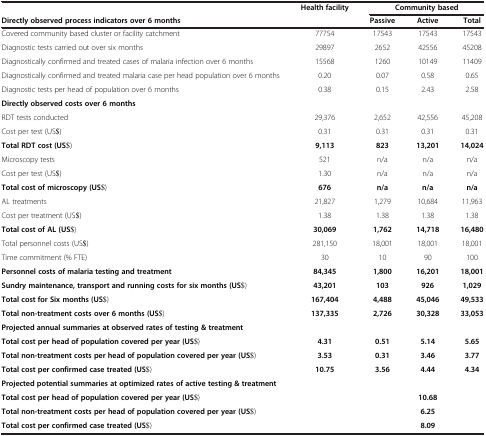
<table><thead><tr><td><b> </b></td><td><b>Health facility</b></td><td colspan="3"><b>Community based</b></td></tr><tr><td><b>Directly observed process indicators over 6 months</b></td><td><b> </b></td><td><b>Passive</b></td><td><b>Active</b></td><td><b>Total</b></td></tr></thead><tbody><tr><td>Covered community based cluster or facility catchment</td><td>77754</td><td>17543</td><td>17543</td><td>17543</td></tr><tr><td>Diagnostic tests carried out over six months</td><td>29897</td><td>2652</td><td>42556</td><td>45208</td></tr><tr><td>Diagnostically confirmed and treated cases of malaria infection over 6 months</td><td>15568</td><td>1260</td><td>10149</td><td>11409</td></tr><tr><td>Diagnostically confirmed and treated malaria case per head population over 6 months</td><td>0.20</td><td>0.07</td><td>0.58</td><td>0.65</td></tr><tr><td>Diagnostic tests per head of population over 6 months</td><td>0.38</td><td>0.15</td><td>2.43</td><td>2.58</td></tr><tr><td><b>Directly observed costs over 6 months</b></td><td> </td><td> </td><td> </td><td> </td></tr><tr><td>RDT tests conducted</td><td>29,376</td><td>2,652</td><td>42,556</td><td>45,208</td></tr><tr><td>Cost per test (US$)</td><td>0.31</td><td>0.31</td><td>0.31</td><td>0.31</td></tr><tr><td><b>Total RDT cost (US$)</b></td><td><b>9,113</b></td><td><b>823</b></td><td><b>13,201</b></td><td><b>14,024</b></td></tr><tr><td>Microscopy tests</td><td>521</td><td>n/a</td><td>n/a</td><td>n/a</td></tr><tr><td>Cost per test (US$)</td><td>1.30</td><td>n/a</td><td>n/a</td><td>n/a</td></tr><tr><td><b>Total cost of microscopy (US$)</b></td><td><b>676</b></td><td><b>n/a</b></td><td><b>n/a</b></td><td><b>n/a</b></td></tr><tr><td>AL treatments</td><td>21,827</td><td>1,279</td><td>10,684</td><td>11,963</td></tr><tr><td>Cost per treatment (US$)</td><td>1.38</td><td>1.38</td><td>1.38</td><td>1.38</td></tr><tr><td><b>Total cost of AL (US$)</b></td><td><b>30,069</b></td><td><b>1,762</b></td><td><b>14,718</b></td><td><b>16,480</b></td></tr><tr><td>Total personnel costs (US$)</td><td>281,150</td><td>18,001</td><td>18,001</td><td>18,001</td></tr><tr><td>Time commitment (% FTE)</td><td>30</td><td>10</td><td>90</td><td>100</td></tr><tr><td><b>Personnel costs of malaria testing and treatment</b></td><td><b>84,345</b></td><td><b>1,800</b></td><td><b>16,201</b></td><td><b>18,001</b></td></tr><tr><td><b>Sundry maintenance, transport and running costs for six months (US$)</b></td><td><b>43,201</b></td><td><b>103</b></td><td><b>926</b></td><td><b>1,029</b></td></tr><tr><td><b>Total cost for Six months (US$)</b></td><td><b>167,404</b></td><td><b>4,488</b></td><td><b>45,046</b></td><td><b>49,533</b></td></tr><tr><td><b>Total non-treatment costs over 6 months (US$)</b></td><td><b>137,335</b></td><td><b>2,726</b></td><td><b>30,328</b></td><td><b>33,053</b></td></tr><tr><td><b>Projected annual summaries at observed rates of testing &amp; treatment</b></td><td> </td><td> </td><td> </td><td> </td></tr><tr><td><b>Total cost per head of population covered per year (US$)</b></td><td><b>4.31</b></td><td><b>0.51</b></td><td><b>5.14</b></td><td><b>5.65</b></td></tr><tr><td><b>Total non-treatment costs per head of population covered per year (US$)</b></td><td><b>3.53</b></td><td><b>0.31</b></td><td><b>3.46</b></td><td><b>3.77</b></td></tr><tr><td><b>Total cost per confirmed case treated (US$)</b></td><td><b>10.75</b></td><td><b>3.56</b></td><td><b>4.44</b></td><td><b>4.34</b></td></tr><tr><td colspan="2"><b>Projected potential summaries at optimized rates of active testing &amp; treatment</b></td><td> </td><td> </td><td> </td></tr><tr><td><b>Total cost per head of population covered per year (US$)</b></td><td> </td><td> </td><td><b>10.68</b></td><td> </td></tr><tr><td><b>Total non-treatment costs per head of population covered per year (US$)</b></td><td> </td><td> </td><td><b>6.25</b></td><td> </td></tr><tr><td><b>Total cost per confirmed case treated (US$)</b></td><td> </td><td> </td><td><b>8.09</b></td><td> </td></tr></tbody></table>